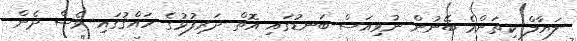
ލަޔާލް ކިތަންމެ ބޭނުން ނުވިއަސް ބަނޑުގައި އޮތް ދަރިފުޅުގެ ހައްޤުގައި ވެސް ދެން